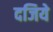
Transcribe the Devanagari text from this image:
दजिये